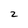
Character: 2